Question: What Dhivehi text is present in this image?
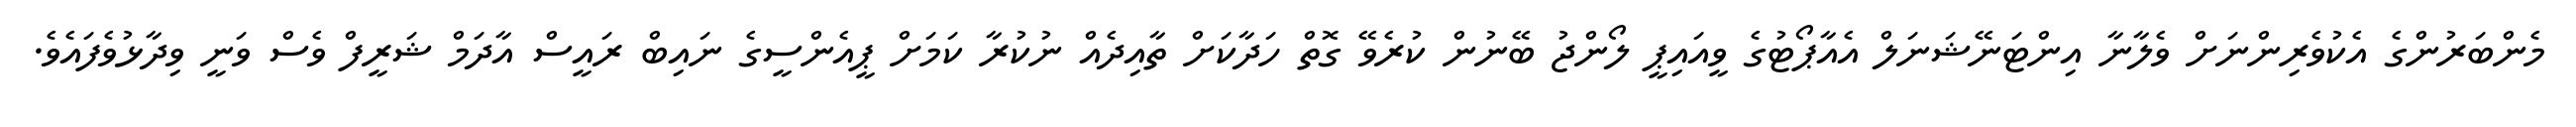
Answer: މެންބަރުންގެ އެކުވެރިންނަށް ވެލާނާ އިންޓަނޭޝަނަލް އެއާޕޯޓުގެ ވީއައިޕީ ލޯންޖު ބޭނުން ކުރެވޭ ގޮތް ހަދާކަށް ތާއިދެއް ނުކުރާ ކަމަށް ޕީއެންސީގެ ނައިބް ރައީސް އާދަމް ޝަރީފް ވެސް ވަނީ ވިދާޅުވެފައެވެ.